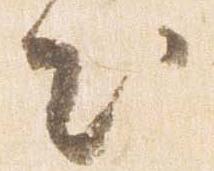
出